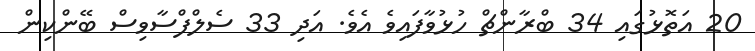
20 އަތޮޅުގައި 34 ބްރާންޗް ހުޅުވާފައިވެ އެވެ. އަދި 33 ސެލްފްސާވިސް ބޭންކިން